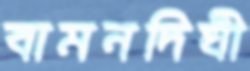
বামনদিঘী